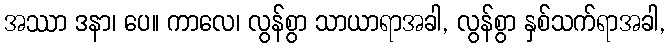
အဿာ ဒနာ၊ ပေ။ ကာလေ၊ လွန်စွာ သာယာရာအခါ, လွန်စွာ နှစ်သက်ရာအခါ,